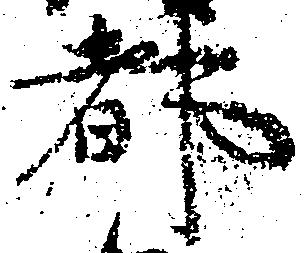
都